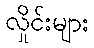
လှိုင်းများ